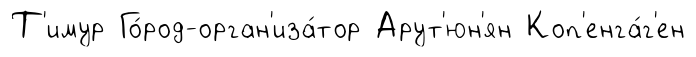
Т'имур Го́род-орган'иза́тор Арут'юн'ян Коп'енга́г'ен